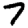
Digit: 7